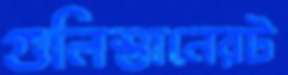
গুলিস্তানেরট